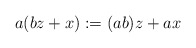
\begin{align*}& a(bz+x):=(ab)z+ax\end{align*}